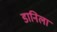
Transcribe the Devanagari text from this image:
डानिला